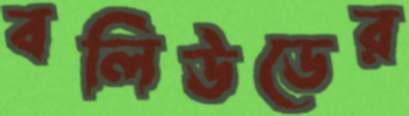
বলিউডের